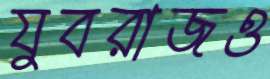
যুবরাজও